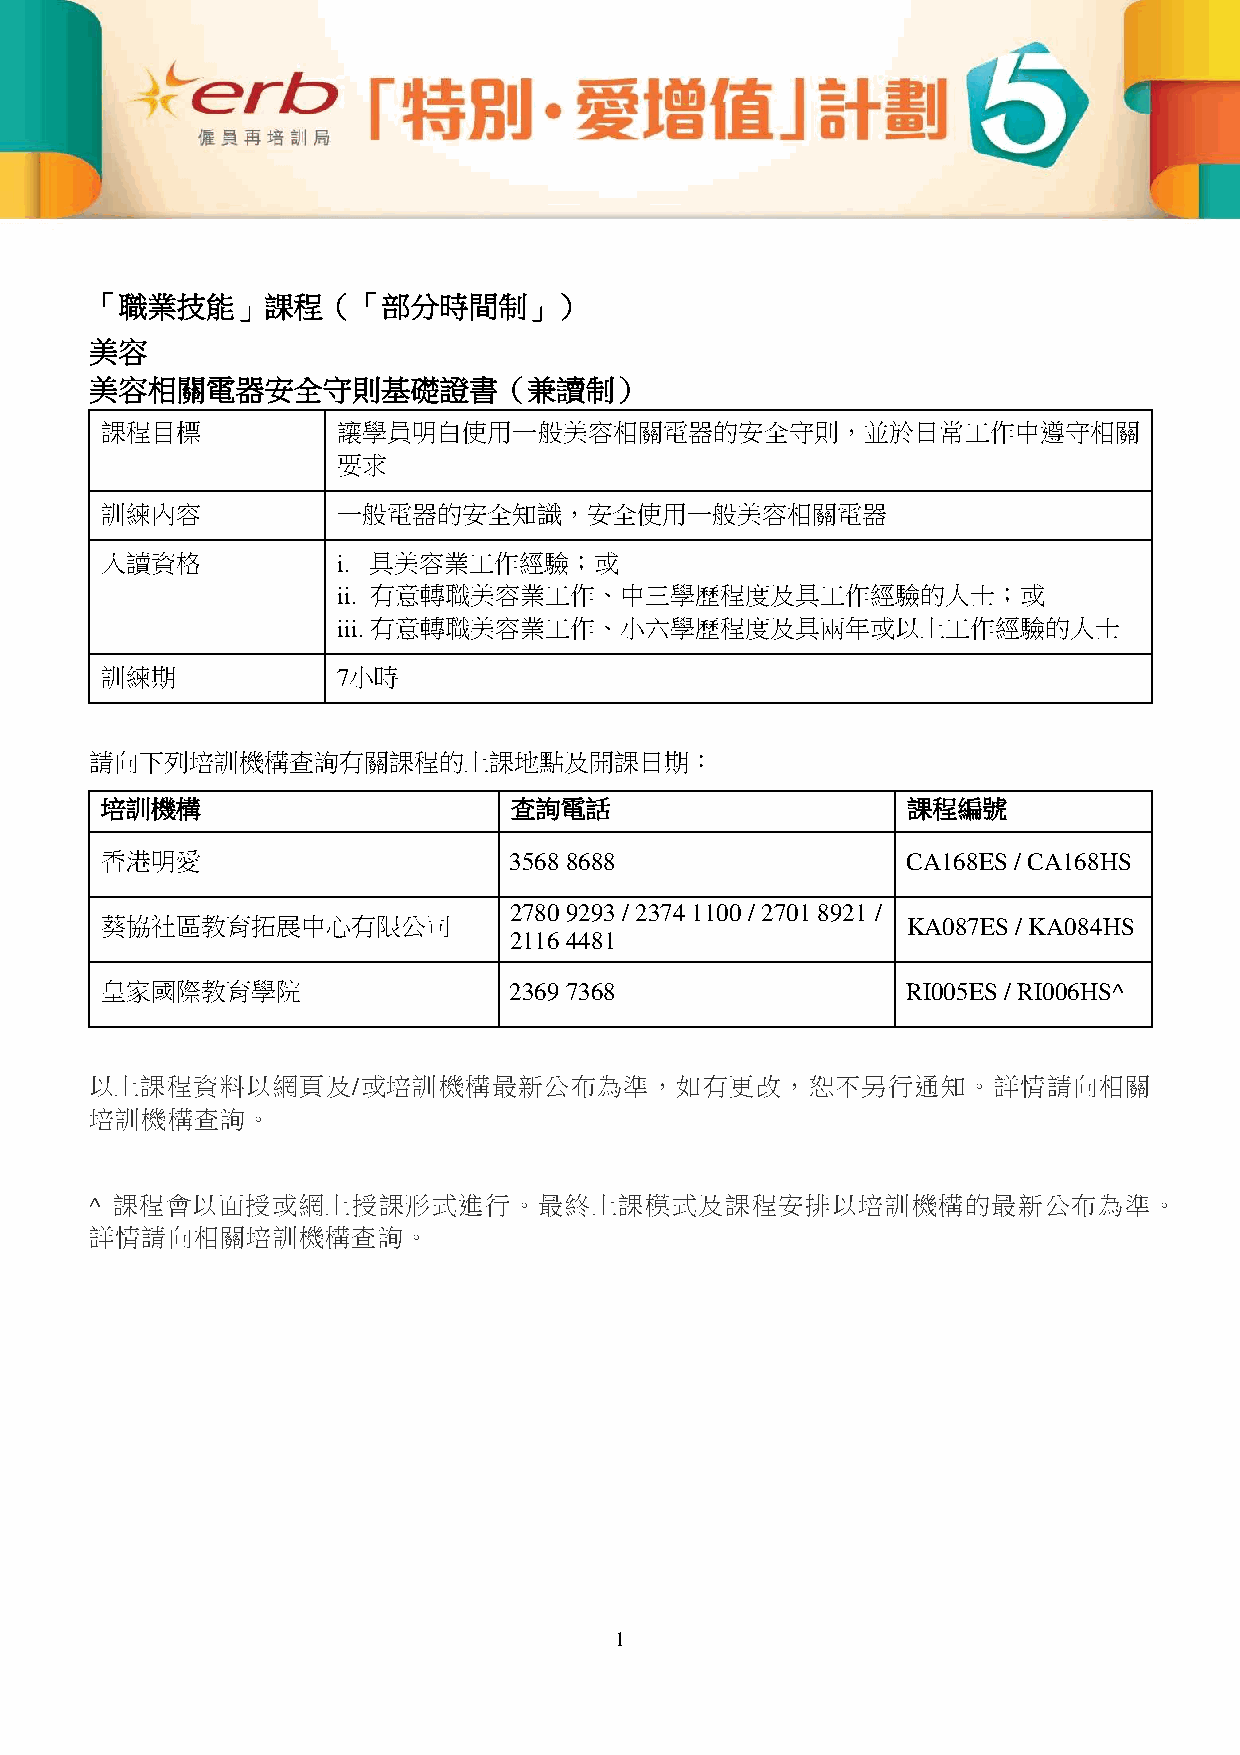
「職業技能」課程（「部分時間制」）
 美容
 美容相關電器安全守則基礎證書（兼讀制）
 課程目標           讓學員明白使用一般美容相關電器的安全守則，並於日常工作中遵守相關
 要求
 訓練內容           一般電器的安全知識，安全使用一般美容相關電器
 入讀資格           i. 具美容業工作經驗；或
 ii. 有意轉職美容業工作、中三學歷程度及具工作經驗的人士；或
 iii. 有意轉職美容業工作、小六學歷程度及具兩年或以上工作經驗的人士
 訓練期            7小時
 請向下列培訓機構查詢有關課程的上課地點及開課日期：
 培訓機構                       查詢電話                      課程編號
 香港明愛                       3568 8688                 CA168ES / CA168HS
 2780 9293 / 2374 1100 / 2701 8921 /
 葵協社區教育拓展中心有限公司                                       KA087ES / KA084HS
 2116 4481
 皇家國際教育學院                   2369 7368                 RI005ES / RI006HS^
 以上課程資料以網頁及/或培訓機構最新公布為準，如有更改，恕不另行通知。詳情請向相關
 培訓機構查詢。
 ^ 課程會以面授或網上授課形式進行。最終上課模式及課程安排以培訓機構的最新公布為準。
 詳情請向相關培訓機構查詢。
 1